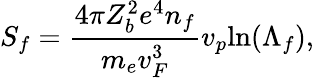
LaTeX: S_{f}=\frac{4\pi Z_{b}^{2}e^{4}n_{f}}{m_{e}v_{F}^{3}}v_{p}\mathrm{ln}(\Lambda_{f}),